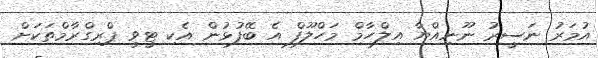
އުމަރު ނަސީރު ނޫނިއްޔާ އިލްހާމް މަހްލޫފް އެ ބޭފުޅުން އެކި ޓީވީ ޕްރިގްރާމްތަކަށް